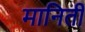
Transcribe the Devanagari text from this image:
मानिती